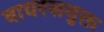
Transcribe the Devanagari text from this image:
वायरसयुक्त